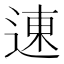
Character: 𬨮